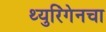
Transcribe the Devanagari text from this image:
थ्युरिंगेनचा